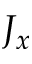
J _ { x }